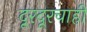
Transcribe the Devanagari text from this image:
दूरदूरचाही